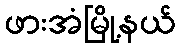
ဖားအံမြို့နယ်